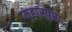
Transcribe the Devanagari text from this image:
महारपुरा